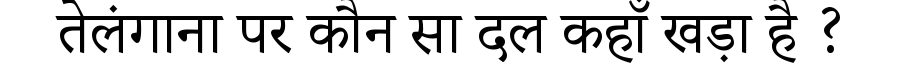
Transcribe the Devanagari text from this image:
तेलंगाना पर कौन सा दल कहाँ खड़ा है ?